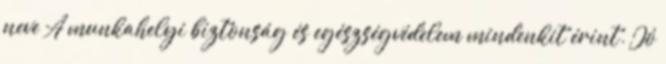
neve A munkahelyi biztonság és egészségvédelem mindenkit érint. Jó